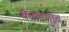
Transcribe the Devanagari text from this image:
कवडगाव